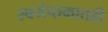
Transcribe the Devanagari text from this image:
स्वयंपाकातही